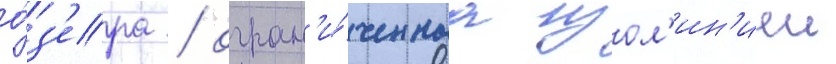
о́з'ера / огран'и́ченнаа изол'ин'иеи